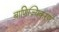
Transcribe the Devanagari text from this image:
बाणिज्यिकरण